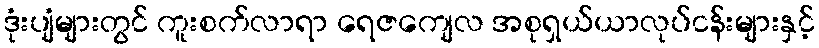
ဒုံးပျံများတွင် ကူးစက်လာရာ ရေဇကျေလ အစုရှယ်ယာလုပ်ငန်းများနှင့်